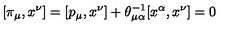
[ \pi _ { \mu } , x ^ { \nu } ] = [ p _ { \mu } , x ^ { \nu } ] + \theta _ { \mu \alpha } ^ { - 1 } [ x ^ { \alpha } , x ^ { \nu } ] = 0